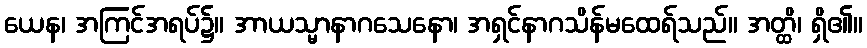
ယေန၊ အကြင်အရပ်၌။ အာယသ္မာနာဂသေနော၊ အရှင်နာဂသိန်မထေရ်သည်။ အတ္ထိ၊ ရှိ၏။